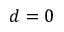
d = 0